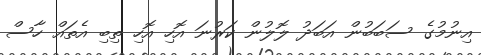
އިނުމުގެ ސަބަބުން އަބަދު ލޮލުން ކަރުނަ އޮހި އޮހި ތިބި އެތައް ހާސް